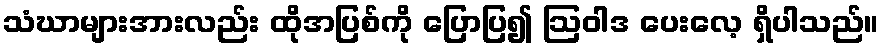
သံဃာများအားလည်း ထိုအပြစ်ကို ပြောပြ၍ ဩဝါဒ ပေးလေ့ ရှိပါသည်။